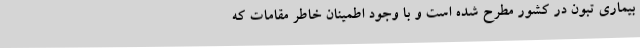
بیماری تبون در کشور مطرح شده است و با وجود اطمینان خاطر مقامات که